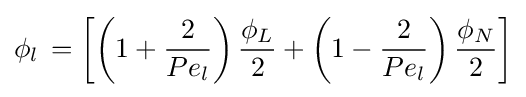
\phi _{l}\,=\left[\left(1+{\frac {2}{Pe_{l}}}\right){\frac {\phi _{L}}{2}}+\left(1-{\frac {2}{Pe_{l}}}\right){\frac {\phi _{N}}{2}}\right]